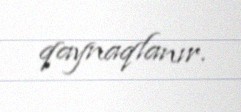
qaynaqlanır.